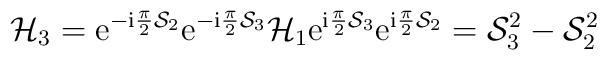
{\cal H}_3={\mathrm e}^{-{\mathrm i}\frac{\pi}{2}{\cal S}_2}           {\mathrm e}^{-{\mathrm i}\frac{\pi}{2}{\cal S}_3}		{\cal H}_1	   {\mathrm e}^{{\mathrm i}\frac{\pi}{2}{\cal S}_3}	   {\mathrm e}^{{\mathrm i}\frac{\pi}{2}{\cal S}_2} = {\cal S}_3^2-{\cal S}_2^2